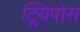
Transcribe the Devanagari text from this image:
ट्र्यिपोस